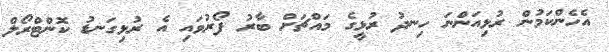
އެހެންކަމުން ރުޅިއަންނަ ހިނދު ރުޅީގެ މައްޗަށް ބާރު ފޯރުވައި އެ ރުޅިގަނޑު ކޮންޓްރޯލް